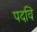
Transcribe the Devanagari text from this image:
पदवि